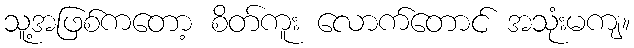
သူ့အဖြစ်ကတော့ စိတ်ကူး လောက်တောင် အသုံးမကျ။